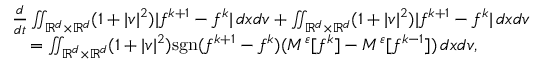
\begin{array} { r l } & { \frac { d } { d t } \iint _ { \mathbb R ^ { d } \times \mathbb R ^ { d } } ( 1 + | v | ^ { 2 } ) | f ^ { k + 1 } - f ^ { k } | \, d x d v + \iint _ { \mathbb R ^ { d } \times \mathbb R ^ { d } } ( 1 + | v | ^ { 2 } ) | f ^ { k + 1 } - f ^ { k } | \, d x d v } \\ & { \quad = \iint _ { \mathbb R ^ { d } \times \mathbb R ^ { d } } ( 1 + | v | ^ { 2 } ) \mathrm { s g n } ( f ^ { k + 1 } - f ^ { k } ) ( M ^ { \varepsilon } [ f ^ { k } ] - M ^ { \varepsilon } [ f ^ { k - 1 } ] ) \, d x d v , } \end{array}